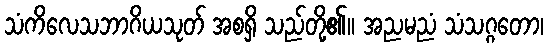
သံကိလေသဘာဂိယသုတ် အစရှိ သည်တို့၏။ အညမညံ သံသဂ္ဂတော၊